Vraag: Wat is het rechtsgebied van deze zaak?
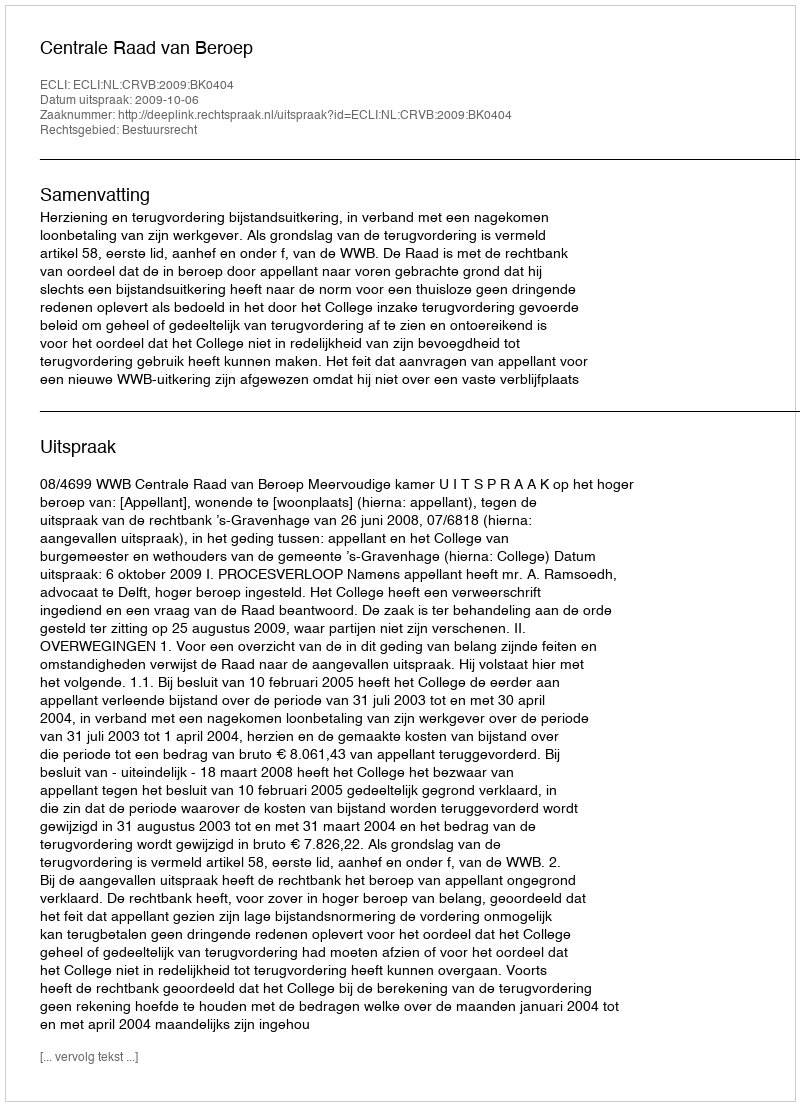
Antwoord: Bestuursrecht